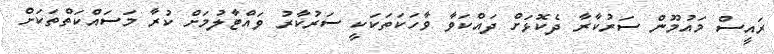
ރައީސް މައުމޫން ސަރުކާރާ ދެކޮޅަށް ދައްކަވާ ވާހަކަތަކަކީ ސަރުކާރު ވައްޓާލުމަށް ކުރާ މަސައްކަތްތަކަށް